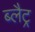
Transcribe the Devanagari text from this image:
ब्लैट्र